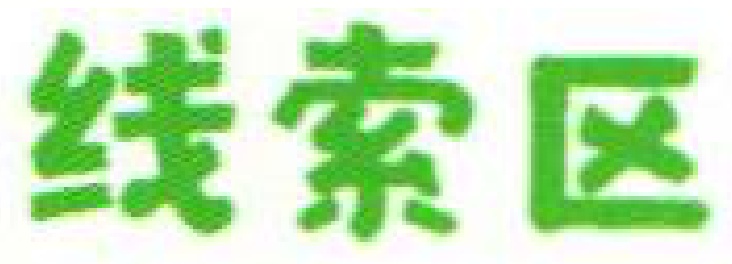
线索区